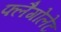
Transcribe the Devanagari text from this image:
फ्लैगोलेट